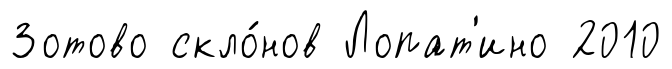
Зотово скло́нов Лопат'ино 2010